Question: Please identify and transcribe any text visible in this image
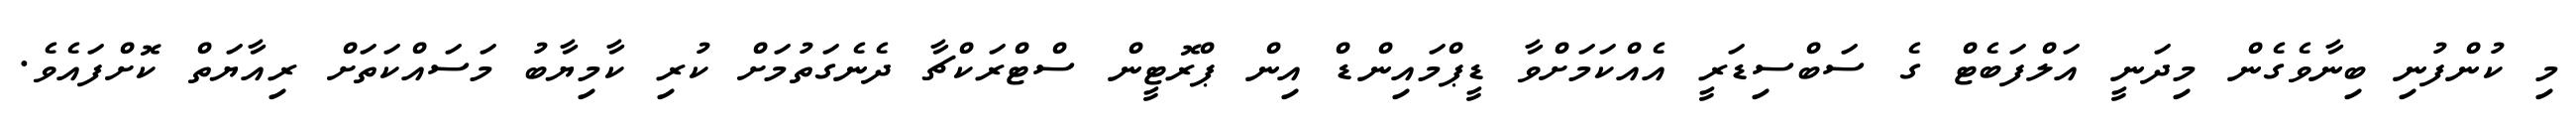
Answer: މި ކުންފުނި ބިނާވެގެން މިދަނީ އަލްފަބެޓް ގެ ސަބްސިޑަރީ އެއްކަމަށްވާ ޑީޕްމައިންޑް އިން ޕްރޮޓީން ސްޓްރަކްޗާ ދެނެގަތުމަށް ކުރި ކާމިޔާބު މަސައްކަތަށް ރިއާޔަތް ކޮށްފައެވެ.